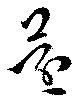
還